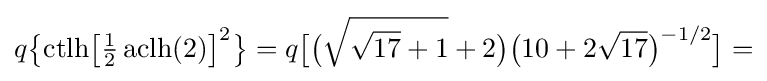
q{\bigl \{}\mathrm {ctlh} {\bigl [}{\tfrac {1}{2}}\operatorname {aclh} (2){\bigr ]}^{2}{\bigr \}}=q{\bigl [}{\bigl (}{\sqrt {{\sqrt {17}}+1}}+2{\bigr )}{\bigl (}10+2{\sqrt {17}}{\bigr )}^{-1/2}{\bigr ]}=